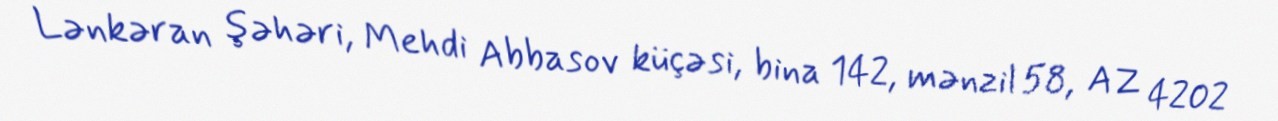
Lənkəran şəhəri, Mehdi Abbasov küçəsi, bina 142, mənzil 58, AZ 4202